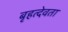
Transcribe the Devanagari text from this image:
बृहत्देवता